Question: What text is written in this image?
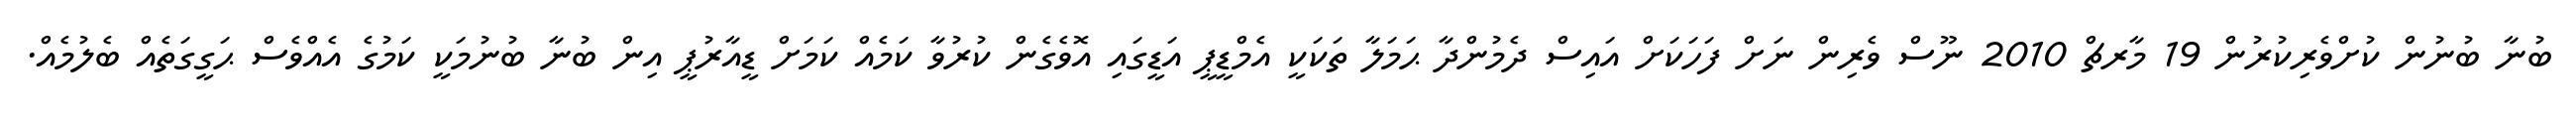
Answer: ބުނާ ބުނުން ކުށްވެރިކުރުން 19 މާރޗް 2010 ނޫސް ވެރިން ނަށް ފަހަކަށް އައިސް ދެމުންދާ ޙަމަލާ ތަކަކީ އެމްޑީޕީ އަޑީގައި އޮވެގެން ކުރުވާ ކަމެއް ކަމަށް ޑީއާރުޕީ އިން ބުނާ ބުނުމަކީ ކަމުގެ އެއްވެސް ޙަގީގަތެއް ބެލުމެއް.